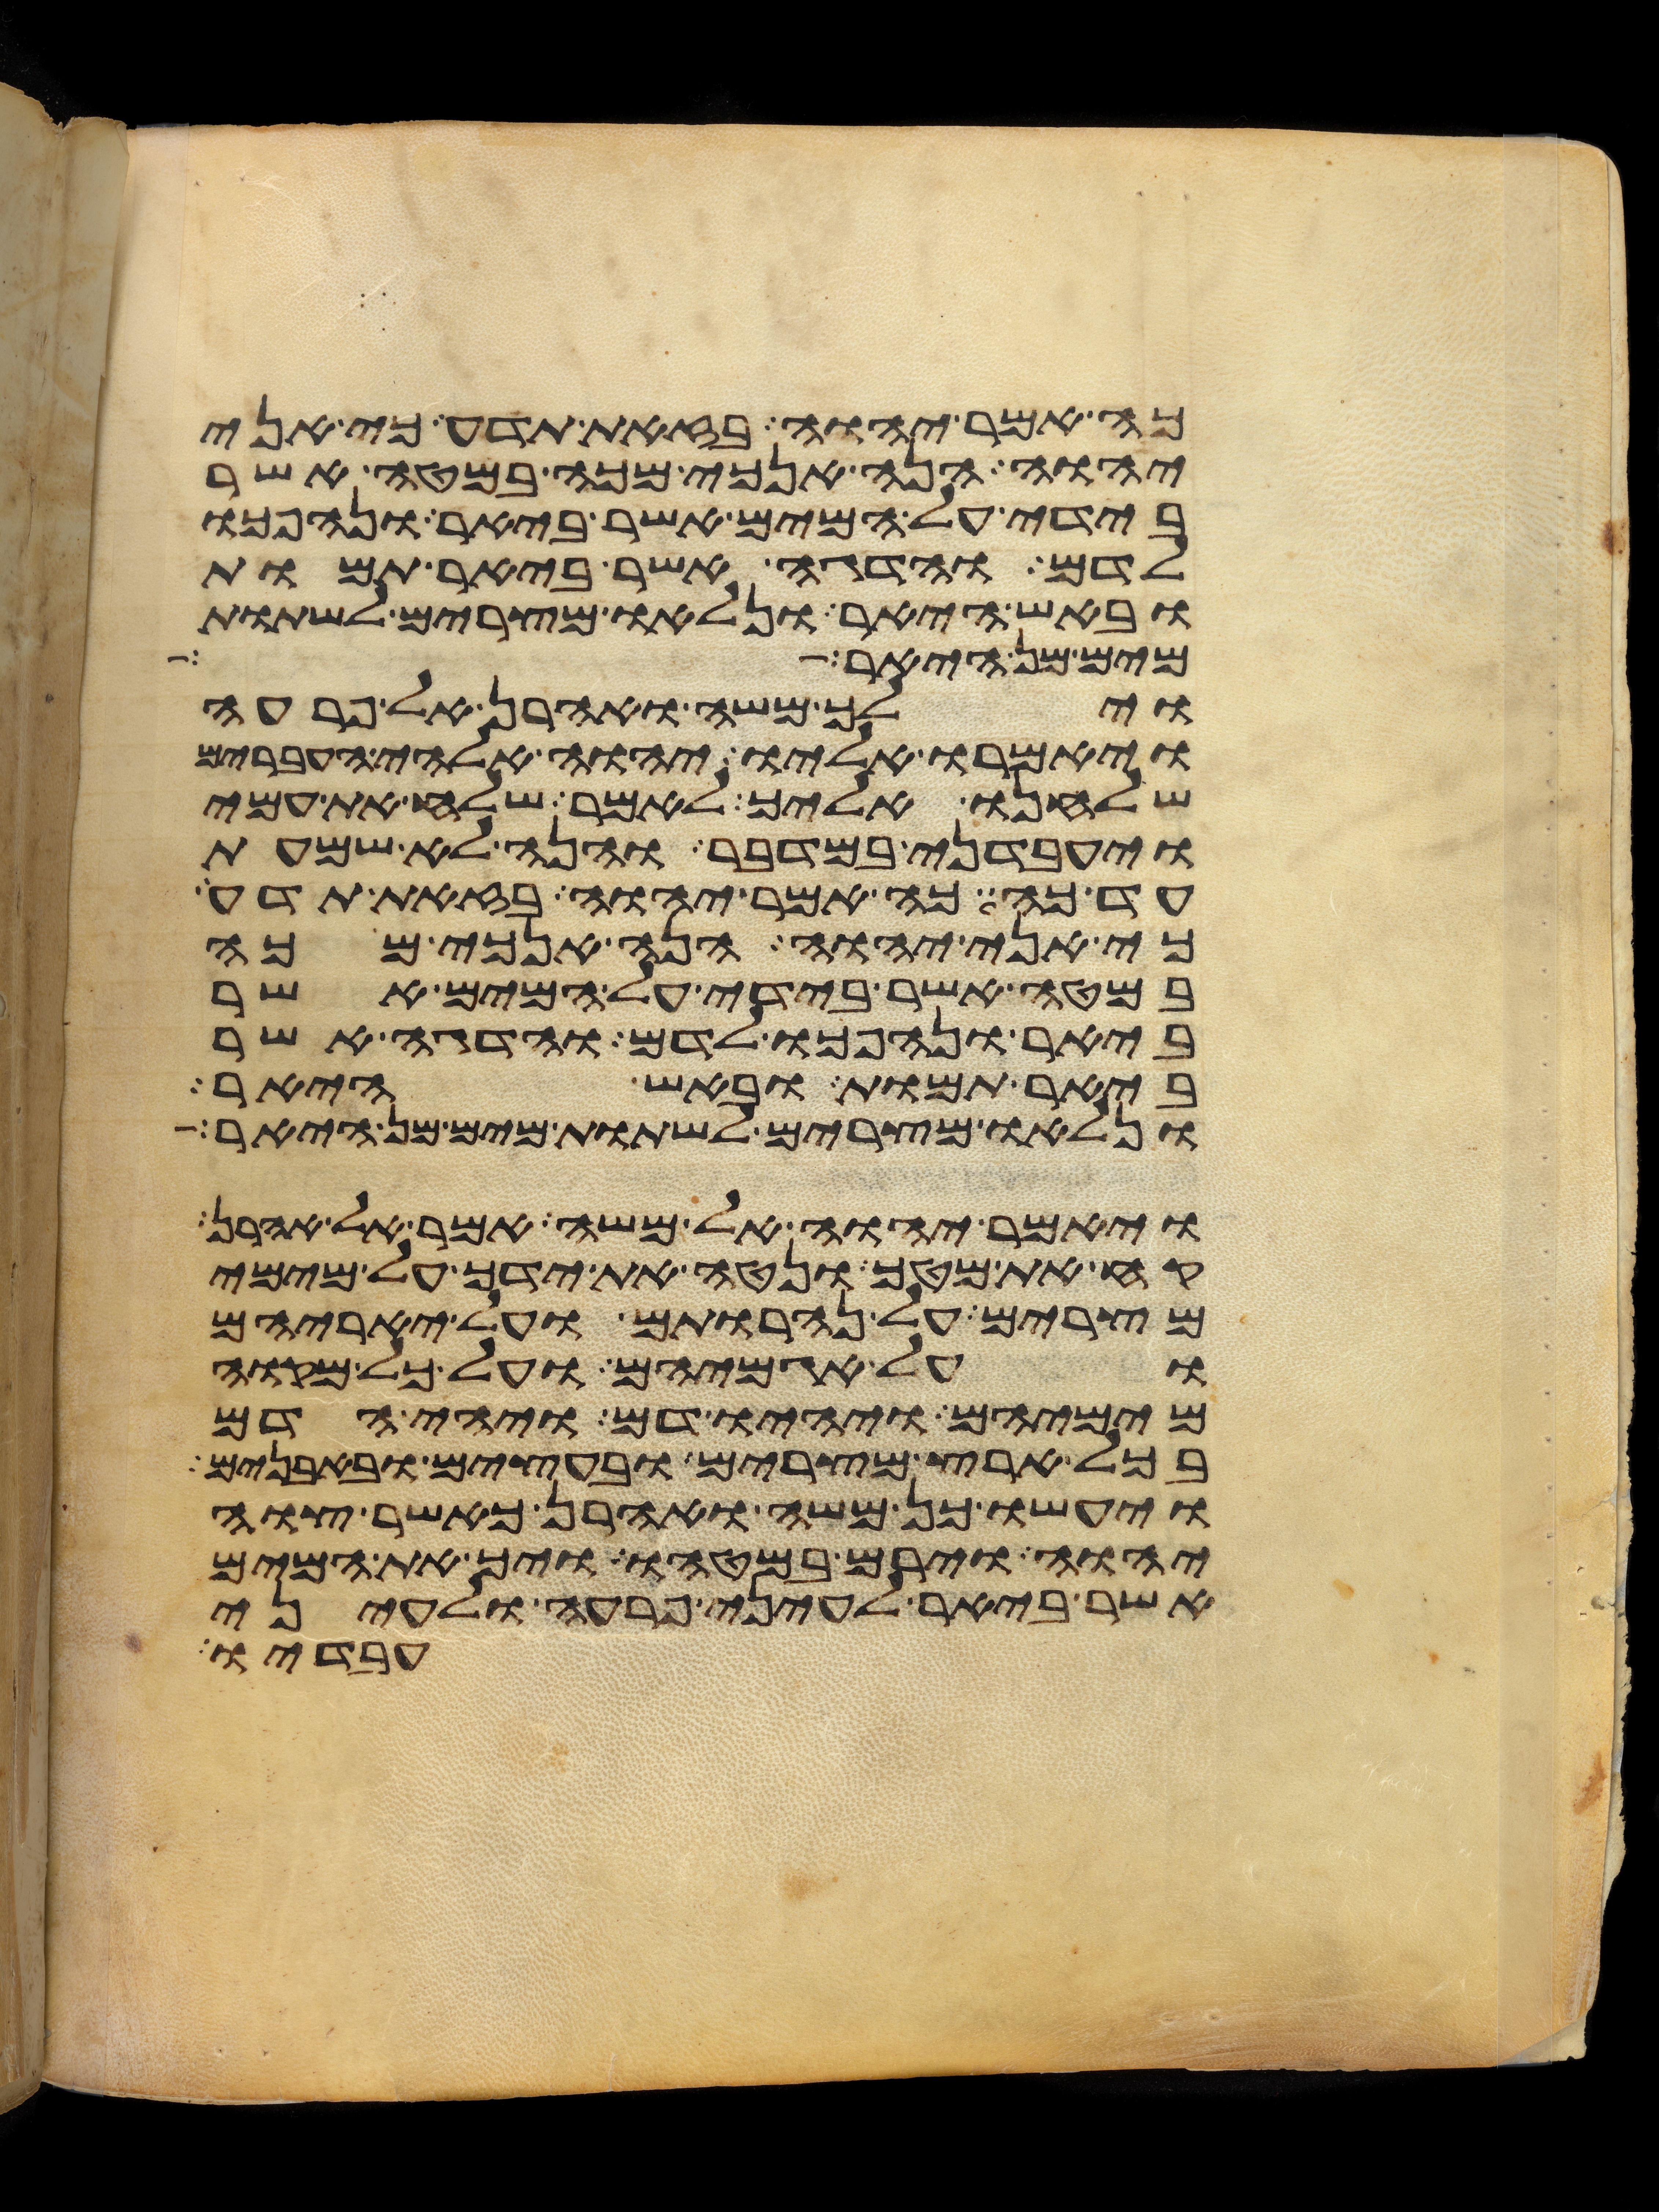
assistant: כה אמר יהוה בזאת תדע כי אני
יהוה הנה אנכי מכה במטה אשר
בידי על המים אשר ביאר ונהפכו
לדם והדגה אשר ביאר תמות
ובאש היאר ונלאו מצרים לשתות
מים מן היאר
וילך משה ואהרן אל פרעה
ויאמרו אליו יהוה אלהי העברים
שלחנו אליך לאמר שלח את עמי
ויעבדני במדבר והנה לא שמעת
עד כה כה אמר יהוה בזאת תדע
כי אני יהוה הנה אנכי מכה
במטה אשר בידי על המים אשר
ביאר ונהפכו לדם והדגה אשר
ביאר תמות ובאש היאר
ונלאו מצרים לשתות מים מן היאר
ויאמר יהוה אל משה אמר אל אהרן
קח את מטך ונטה את ידך על מימי
מצרים על נהרותם ועל יאריהם
ועל אגמיהם ועל כל מקוה
מימיהם ויהיו דם ויהי הדם
בכל ארץ מצרים ובעצים ובאבנים
ויעשו כן משה ואהרן כאשר צוה
יהוה וירם במטהו ויך את המים
אשר ביאר לעיני פרעה ולעיני
עבדיו